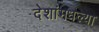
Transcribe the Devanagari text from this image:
देशांमधल्या